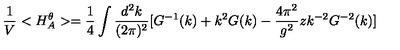
\frac { 1 } { V } < H _ { A } ^ { \theta } > = \frac { 1 } { 4 } \int \frac { d ^ { 2 } k } { ( 2 \pi ) ^ { 2 } } [ G ^ { - 1 } ( k ) + k ^ { 2 } G ( k ) - \frac { 4 \pi ^ { 2 } } { g ^ { 2 } } z k ^ { - 2 } G ^ { - 2 } ( k ) ]